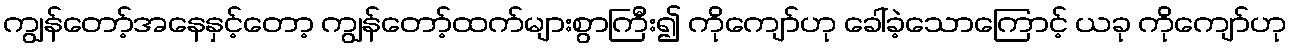
ကျွန်တော့်အနေနှင့်တော့ ကျွန်တော့်ထက်များစွာကြီး၍ ကိုကျော်ဟု ခေါ်ခဲ့သောကြောင့် ယခု ကိုကျော်ဟု